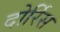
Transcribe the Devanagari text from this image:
दोर्रिस